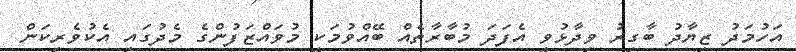
އަހުމަދު ޒިޔާދު ބާގިރު ވިދާޅުވީ އެފަދަ މުބާރާތެއް ބޭއްވުމަކީ މުވައްޒަފުންގެ މެދުގައި އެކުވެރިކަން